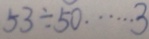
5 3 \div 5 0 \cdots 3